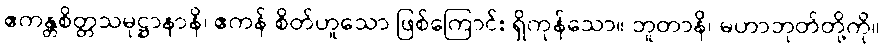
ဧကန္တစိတ္တသမုဋ္ဌာနာနိ၊ ဧကန် စိတ်ဟူသော ဖြစ်ကြောင်း ရှိကုန်သော။ ဘူတာနိ၊ မဟာဘုတ်တို့ကို။